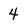
Character: 4